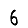
Digit: 6